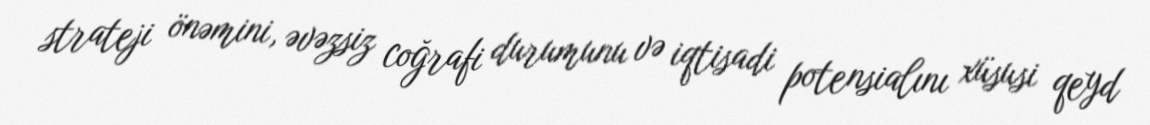
strateji önəmini, əvəzsiz coğrafi durumunu və iqtisadi potensialını xüsusi qeyd